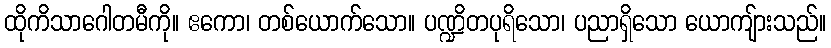
ထိုကိသာဂေါတမီကို။ ဧကော၊ တစ်ယောက်သော။ ပဏ္ဍိတပုရိသော၊ ပညာရှိသော ယောကျ်ားသည်။